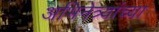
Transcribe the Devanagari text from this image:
अभिनेत्र्यांच्या